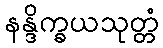
နန္ဒိက္ခယသုတ္တံ